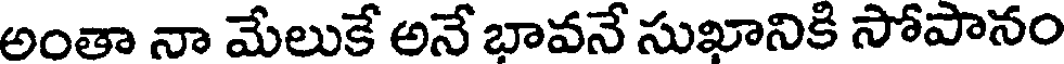
అంతా నా మేలుకే అనే భావనే సుఖానికి సోపానం